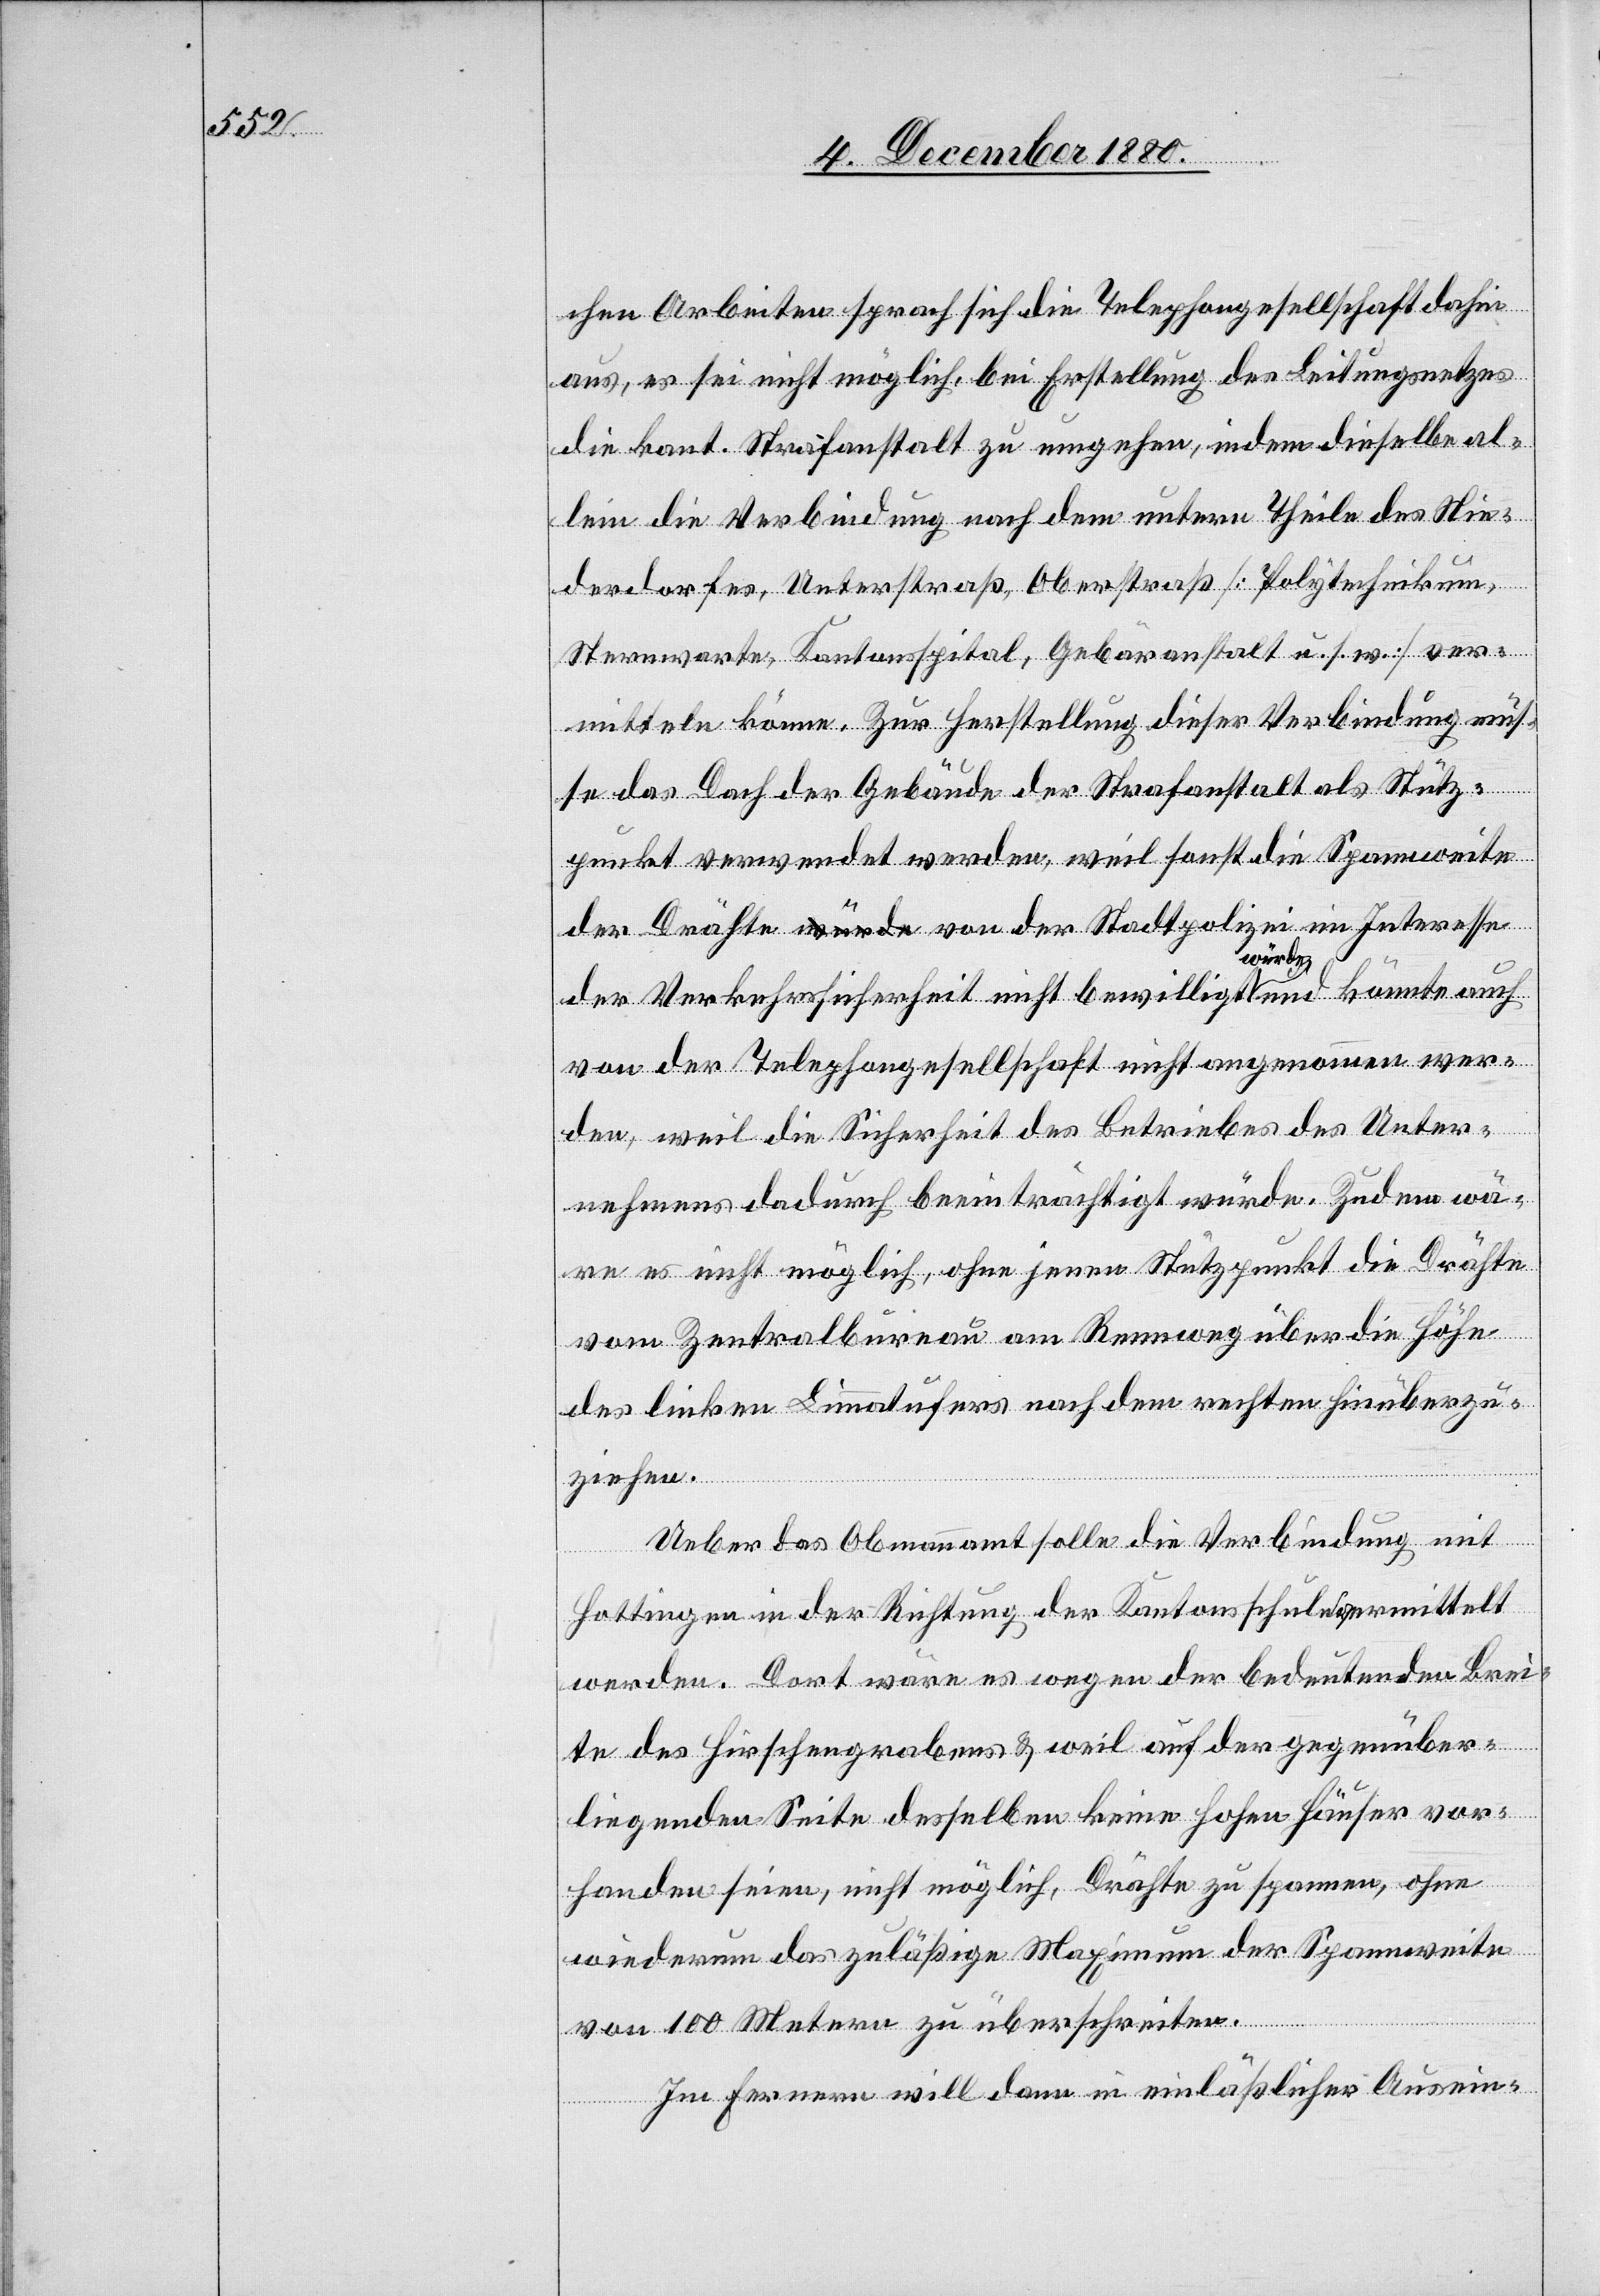
chen Arbeiten sprach sich die Telephongesellschaft dahin
aus, es sei nicht möglich, bei Erstellung des Leitungsnetzes
die kant. Strafanstalt zu umgehen, indem dieselbe al¬
lein die Verbindung nach dem untern Theile des Nie¬
derdorfes, Unterstraß, Oberstraß [Polytechnikum,
Sternwarte, Kantonsspital, Gebäranstalt u. s. w.] ver¬
mitteln könne. Zur Herstellung dieser Verbindung müs¬
se das Dach der Gebäude der Strafanstalt als Stütz¬
punkt verwendet werden, weil sonst die Spannweite
der Verkehrssicherheit nicht bewilligt würde und könnte auch
von der Telephongesellschaft nicht angenommen wer¬
den, weil die Sicherheit des Betriebes des Unter¬
nehmens dadurch beeinträchtigt würde. Zudem wä¬
re es nicht möglich, ohne jenen Stützpunkt die Drähte
vom Zentralbureau am Rennweg über die Höhe
des linken Limmatufers nach dem rechten hinüberzu¬
ziehen.
Ueber das Obmannamt solle die Verbindung mit
Hottingen in der Richtung der Kantonsschule vermittelt
werden. Dort wäre es wegen der bedeutenden Brei¬
te des Hirschengrabens & weil auf der gegenüber¬
liegenden Seite desselben keine hohen Häuser vor¬
handen seien, nicht möglich, Drähte zu spannen, ohne
wiederum das zuläßige Maximum der Spannweite
von der
von 100 Metern zu überschreiten.
Im Fernern will dann in einläßlicher Ausein-